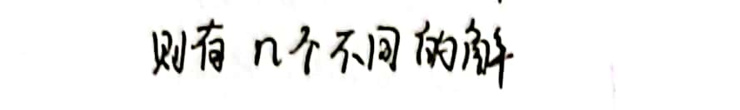
则有 \(n\) 个不同的解